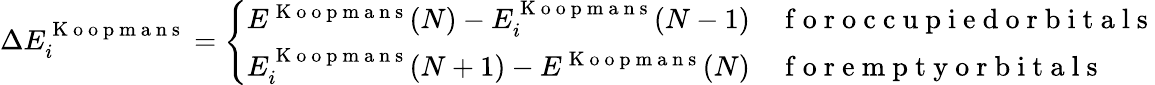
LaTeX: \Delta E_{i}^{\mathrm{~K~o~o~p~m~a~n~s~}}=\left\{ \begin{array}{ll}{E^{\mathrm{~K~o~o~p~m~a~n~s~}}(N)-E_{i}^{\mathrm{~K~o~o~p~m~a~n~s~}}(N-1)}&{\mathrm{~f~o~r~o~c~c~u~p~i~e~d~o~r~b~i~t~a~l~s~}}\\ {E_{i}^{\mathrm{~K~o~o~p~m~a~n~s~}}(N+1)-E^{\mathrm{~K~o~o~p~m~a~n~s~}}(N)}&{\mathrm{~f~o~r~e~m~p~t~y~o~r~b~i~t~a~l~s~}}\end{array}\right.